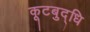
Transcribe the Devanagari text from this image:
कूटबुद्धि